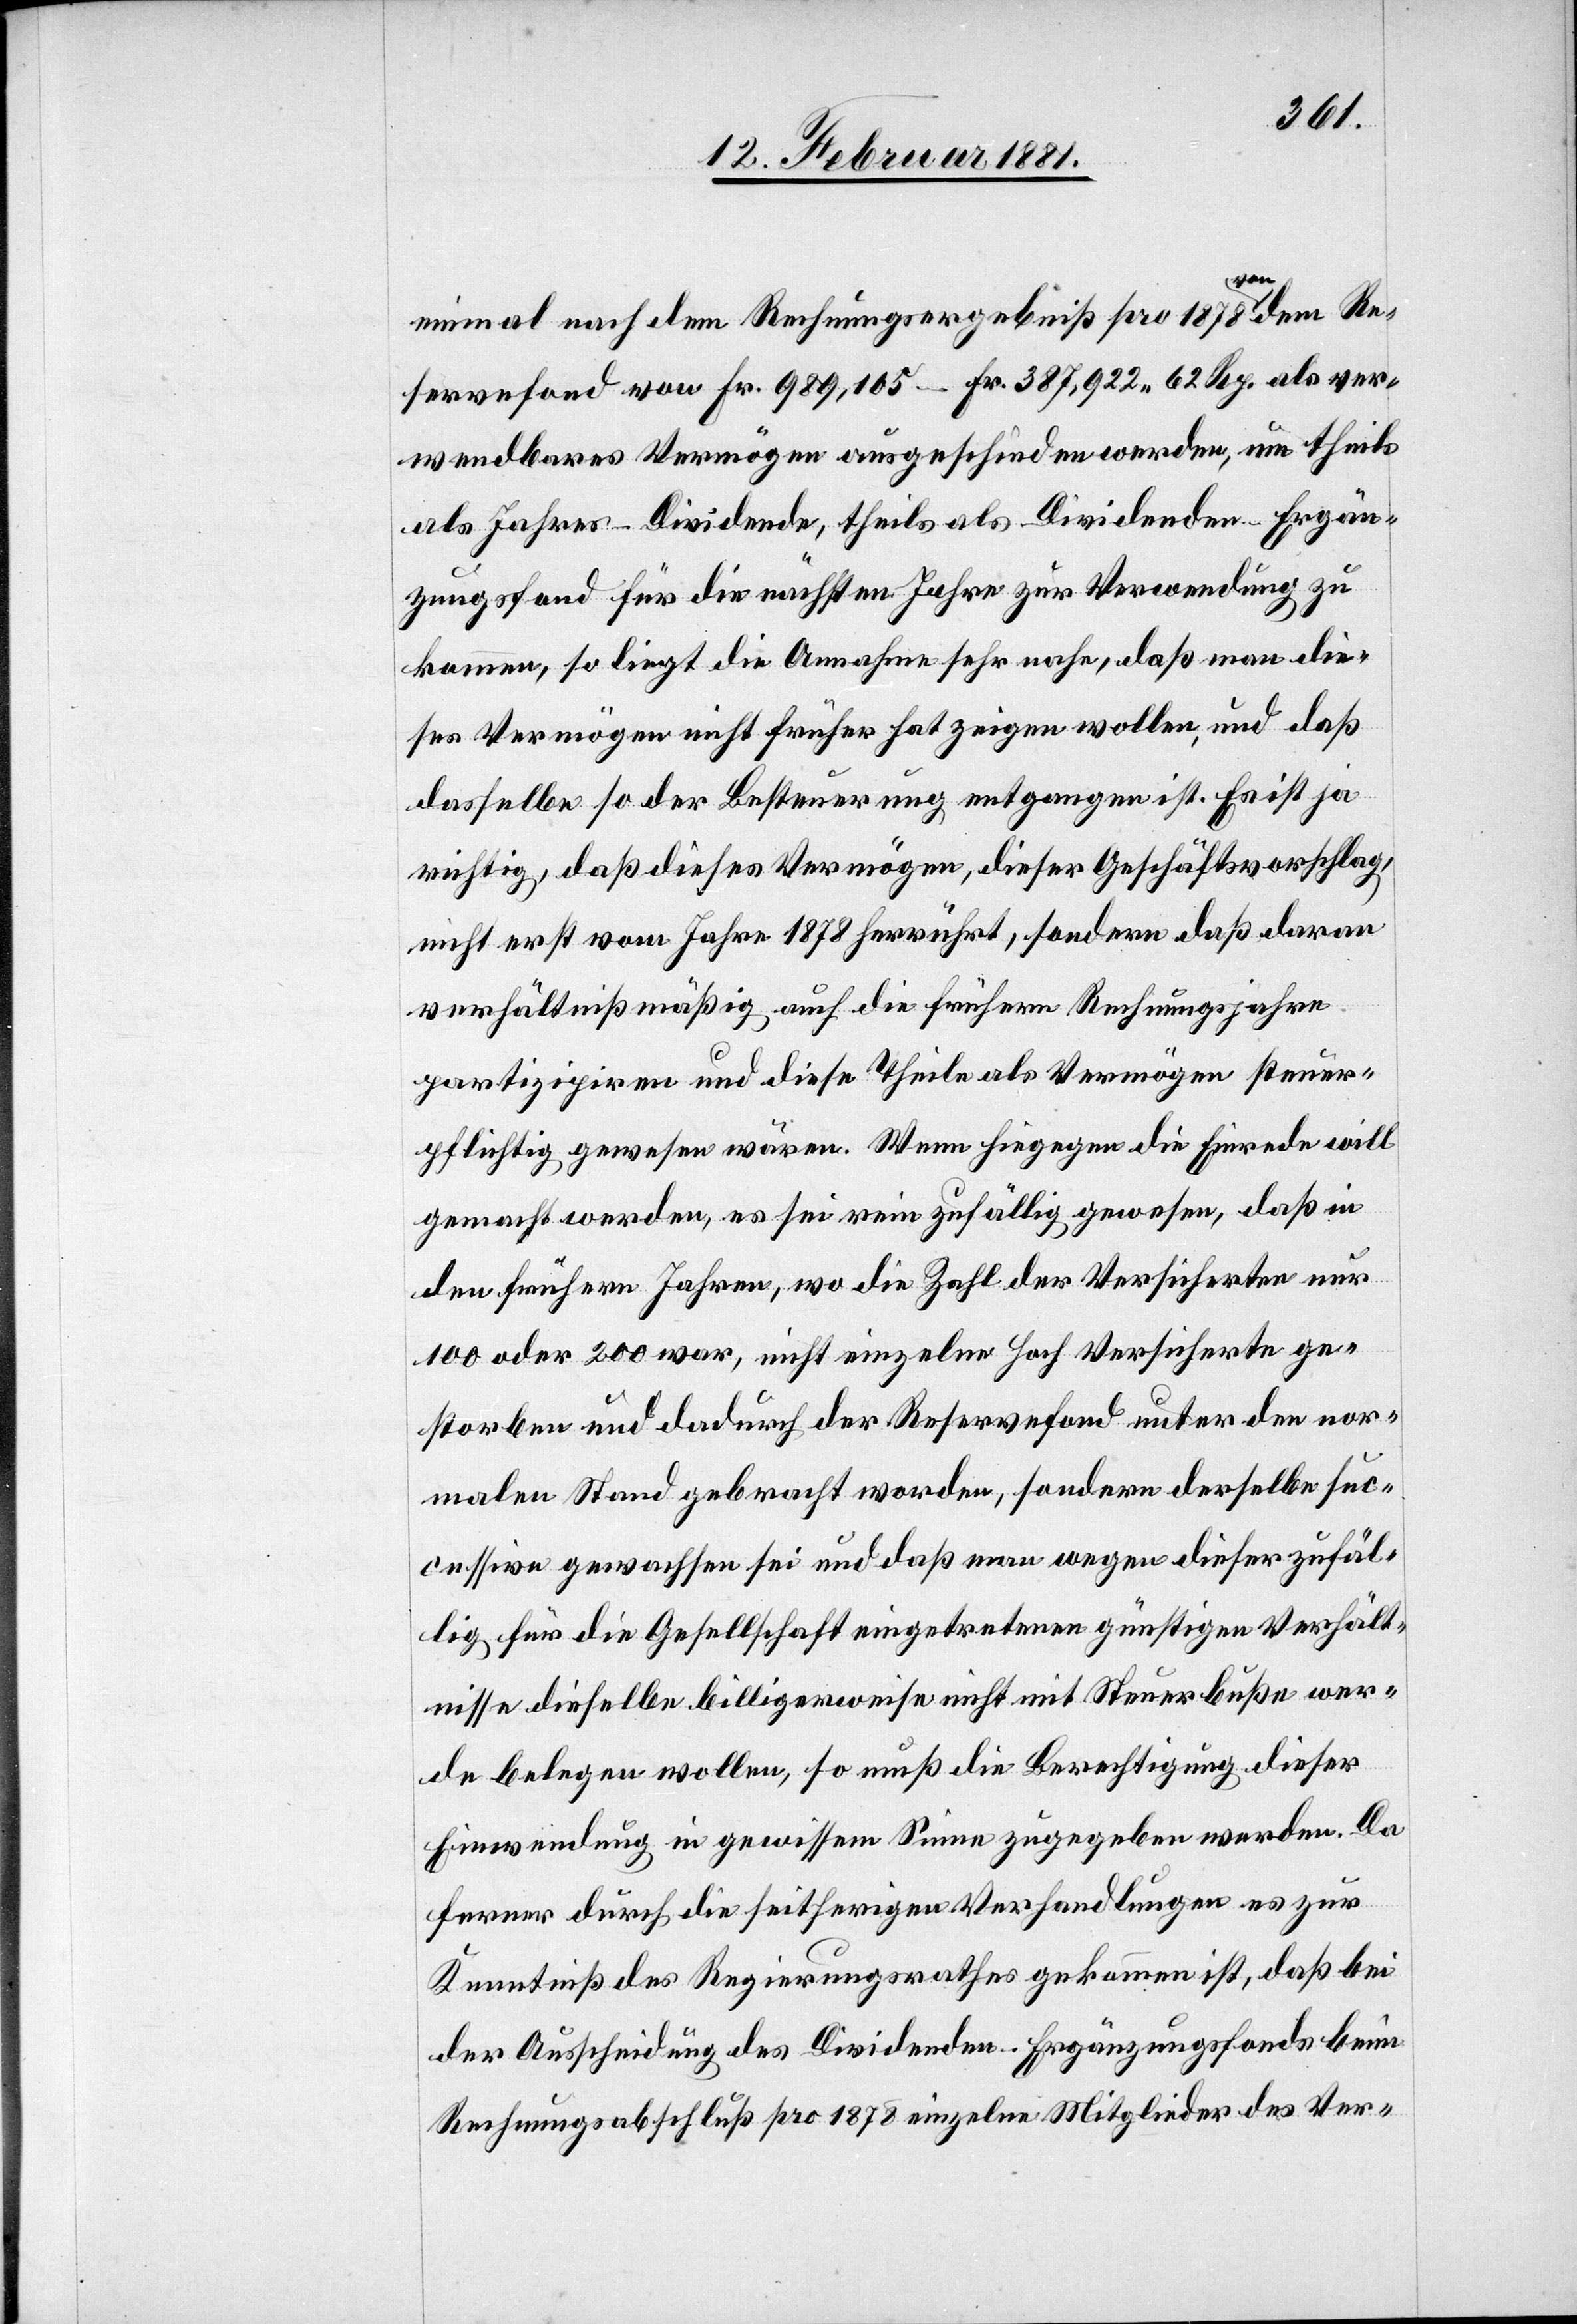
mögen
einmal nach dem Rechnungsergebniß pro 1878 von dem Re¬
servefond von Fr. 989,105 62 Rp. als verwendbares Ver¬
als Jahres-Dividende, theils als Dividenden-Ergän¬
zungsfond für die nächsten Jahre zur Verwendung zu
kommen, so liegt die Annahme sehr nahe, daß man die¬
ses Vermögen nicht früher hat zeigen wollen, und daß
dasselbe so der Besteuerung entgangen ist. Es ist ja
richtig, daß dieses Vermögen, dieser Geschäftsvorschlag,
nicht erst vom Jahre 1878 herrührt, sondern daß daran
verhältnißmäßig auch die frühern Rechnungsjahre
partizipiren und diese Theile als Vermögen steuer¬
pflichtig gewesen wären. Wenn hiegegen die Einrede will
gemacht werden, es sei rein zufällig gewesen, daß in
den frühern Jahren, wo die Zahl der Versicherten nur
100 oder 200 war, nicht einzelne hoch Versicherte ge¬
storben und dadurch der Reservefond unter den nor¬
malen Stand gebracht worden, sondern derselbe suc¬
cessive gewachsen sei und daß man wegen dieser zufäl¬
lig für die Gesellschaft eingetretenen günstigen Verhält¬
nisse dieselbe billigerweise nicht mit Steuerbuße wer¬
de belegen wollen, so muß die Berechtigung dieser
Einwendung in gewissem Sinne zugegeben werden. Da
ferner durch die seitherigen Verhandlungen es zur
Kenntniß des Regierungsrathes gekommen ist, daß bei
der Ausscheidung des Dividenden-Ergänzungsfonds beim
Rechnungsabschluß pro 1878 einzelne Mitglieder des Ver-